65_HS1-834228961_62-HQ-83894_Section_7
Agency: FBI
Page 30
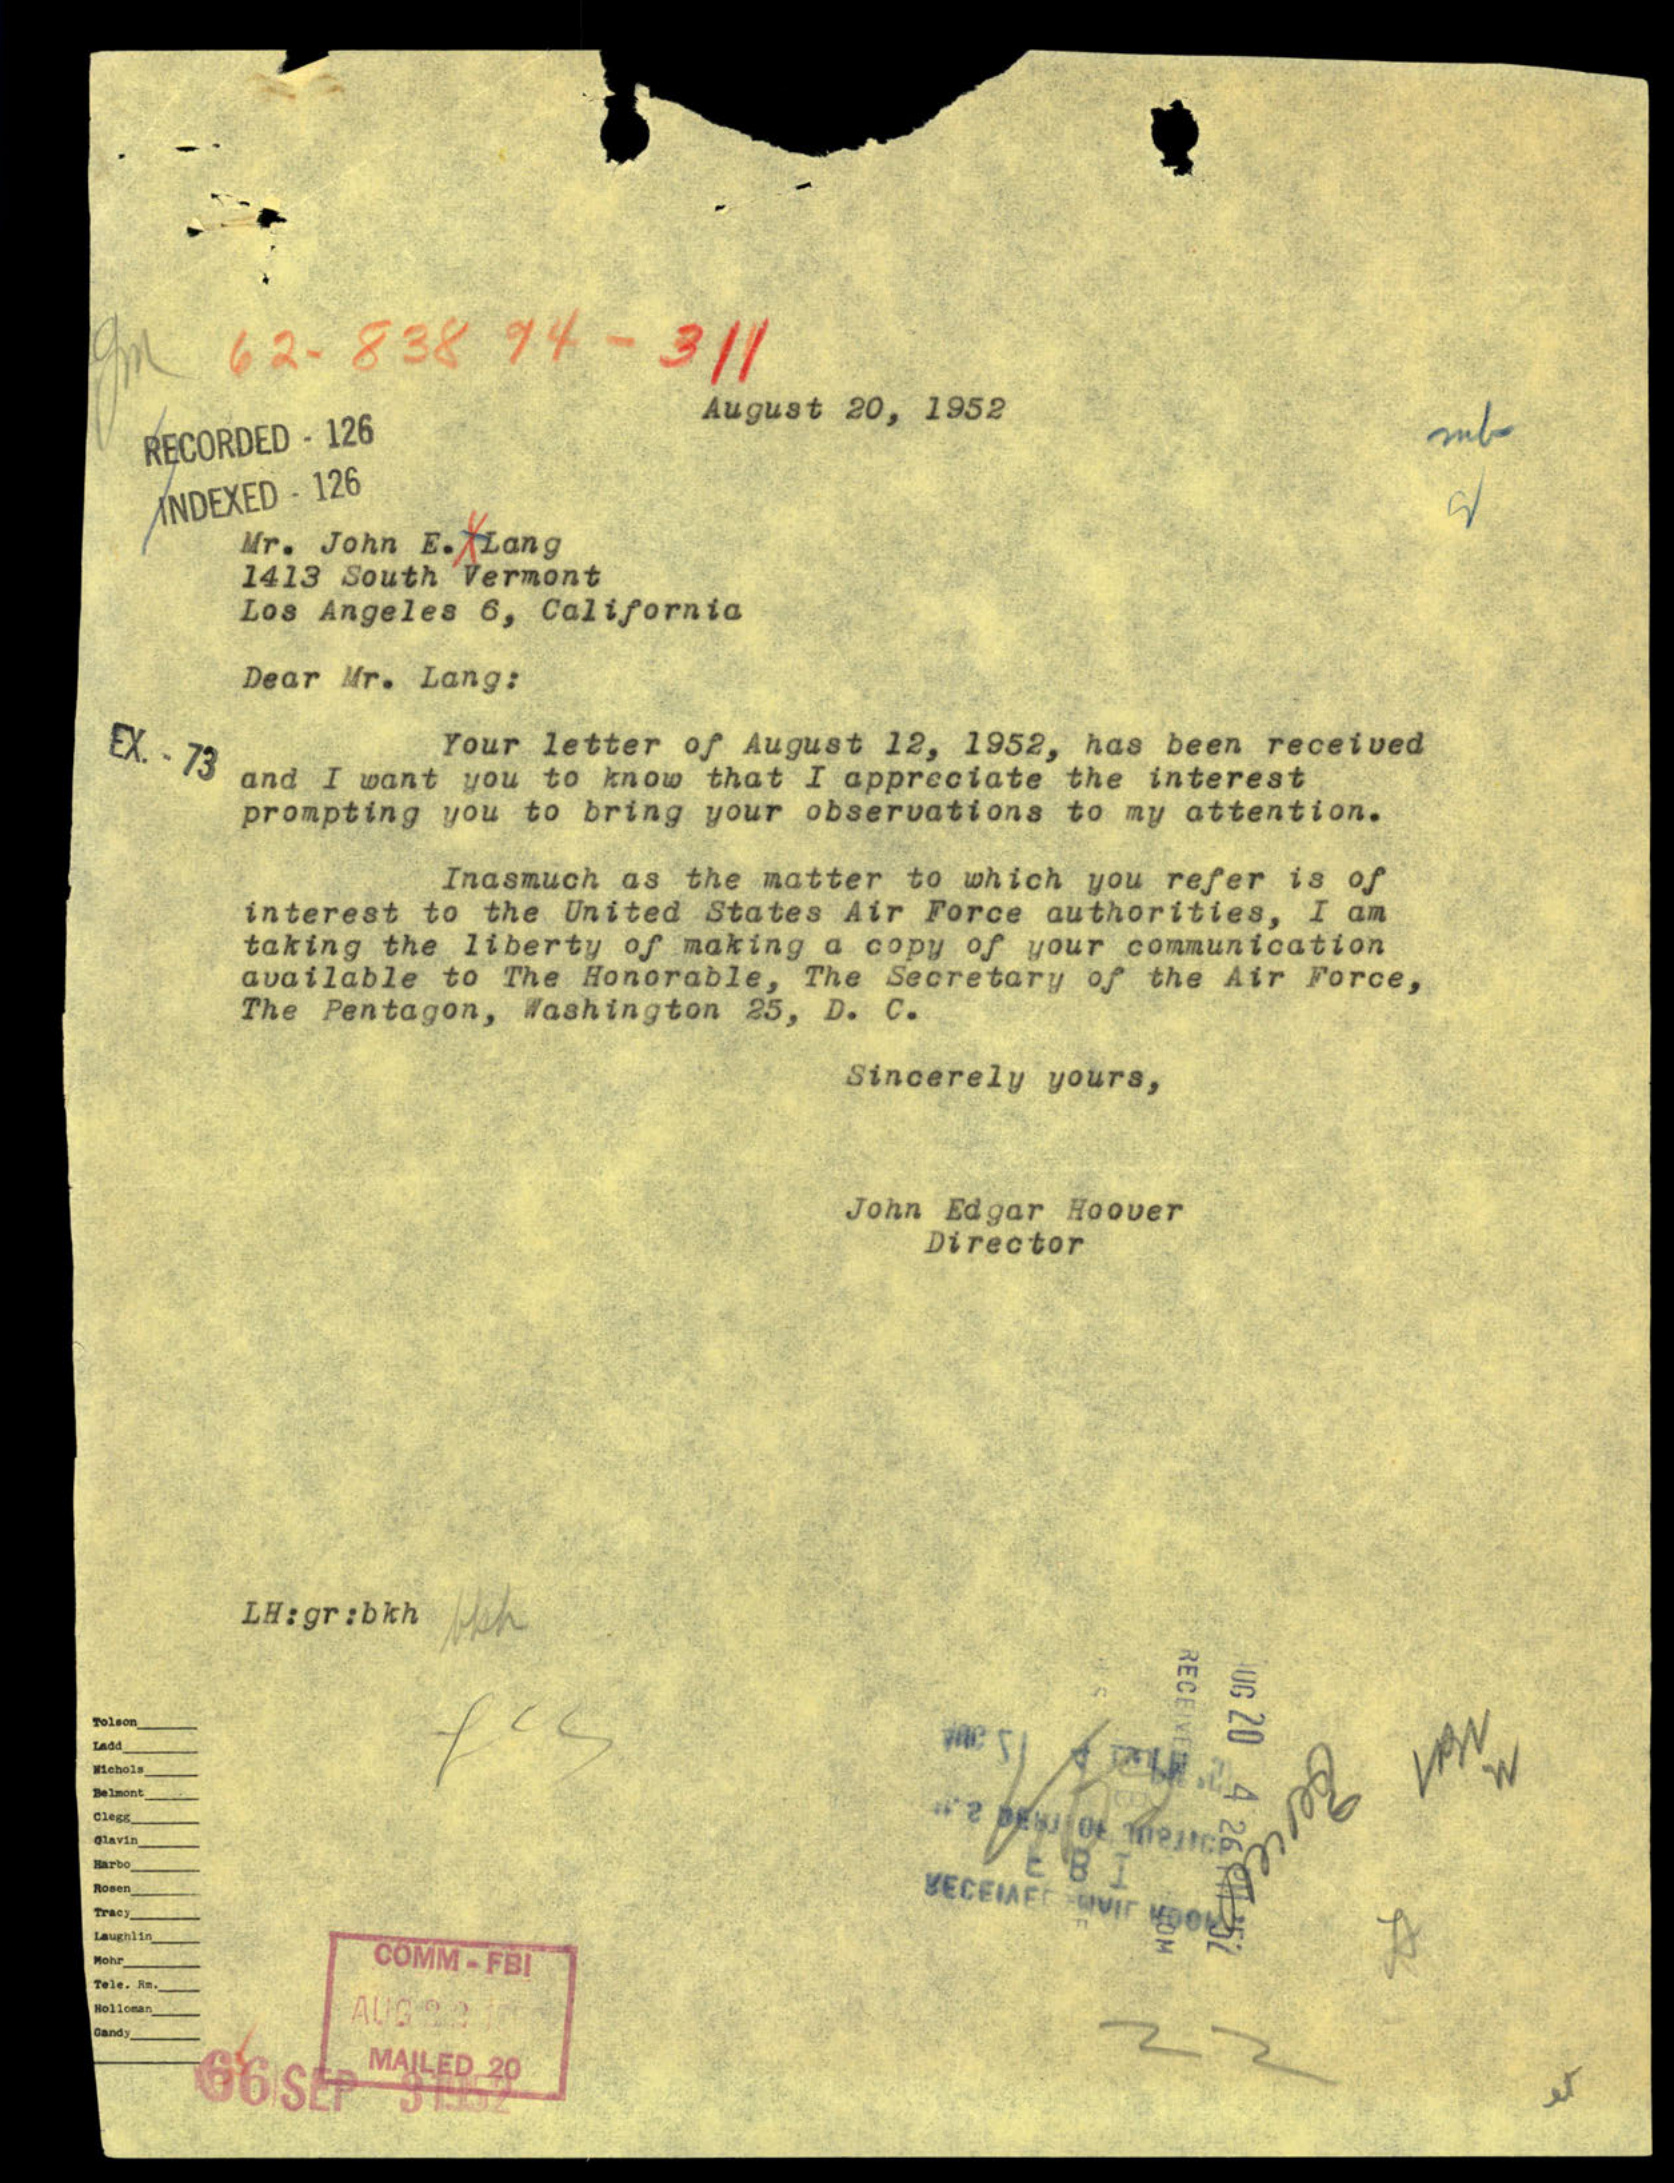